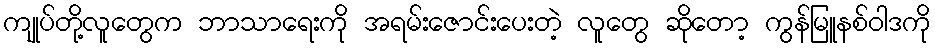
ကျုပ်တို့လူတွေက ဘာသာရေးကို အရမ်းဇောင်းပေးတဲ့ လူတွေ ဆိုတော့ ကွန်မြူနစ်ဝါဒကို